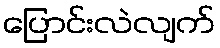
ပြောင်းလဲလျက်